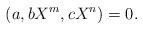
LaTeX: \begin{align*}(a , bX^m , cX^n)=0.\end{align*}